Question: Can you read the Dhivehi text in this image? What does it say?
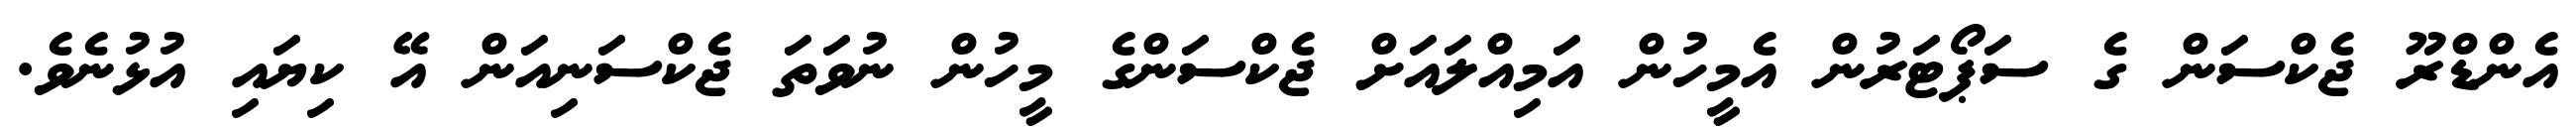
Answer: އެންޑްރޫ ޖެކްސަން ގެ ސަޕޯޓަރުން އެމީހުން އަމިއްލައަށް ޖެކްސަންގެ މީހުން ނުވަތަ ޖެކްސަނިއަން އޭ ކިޔައި އުޅުނެވެ.